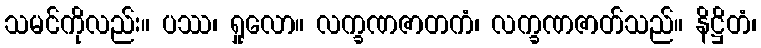
သမင်ကိုလည်း။ ပဿ၊ ရှုလော။ လက္ခဏဇာတကံ၊ လက္ခဏဇာတ်သည်။ နိဋ္ဌိတံ၊